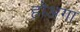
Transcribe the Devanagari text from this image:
होअगा